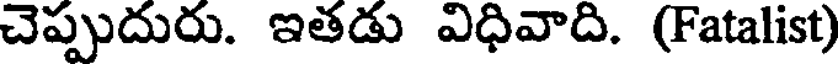
చెప్పుదురు. ఇతడు విధివాది. (Fatalist)